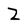
Character: Z